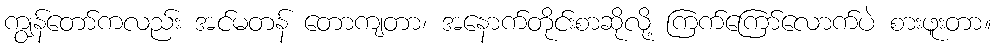
ကျွန်တော်ကလည်း အင်မတန် တောကျတာ၊ အနောက်တိုင်းစာဆိုလို့ ကြက်ကြော်လောက်ပဲ စားဖူးတာ။